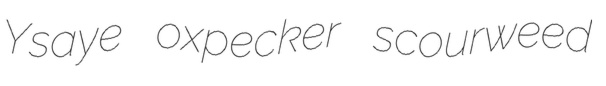
Ysaye oxpecker scourweed